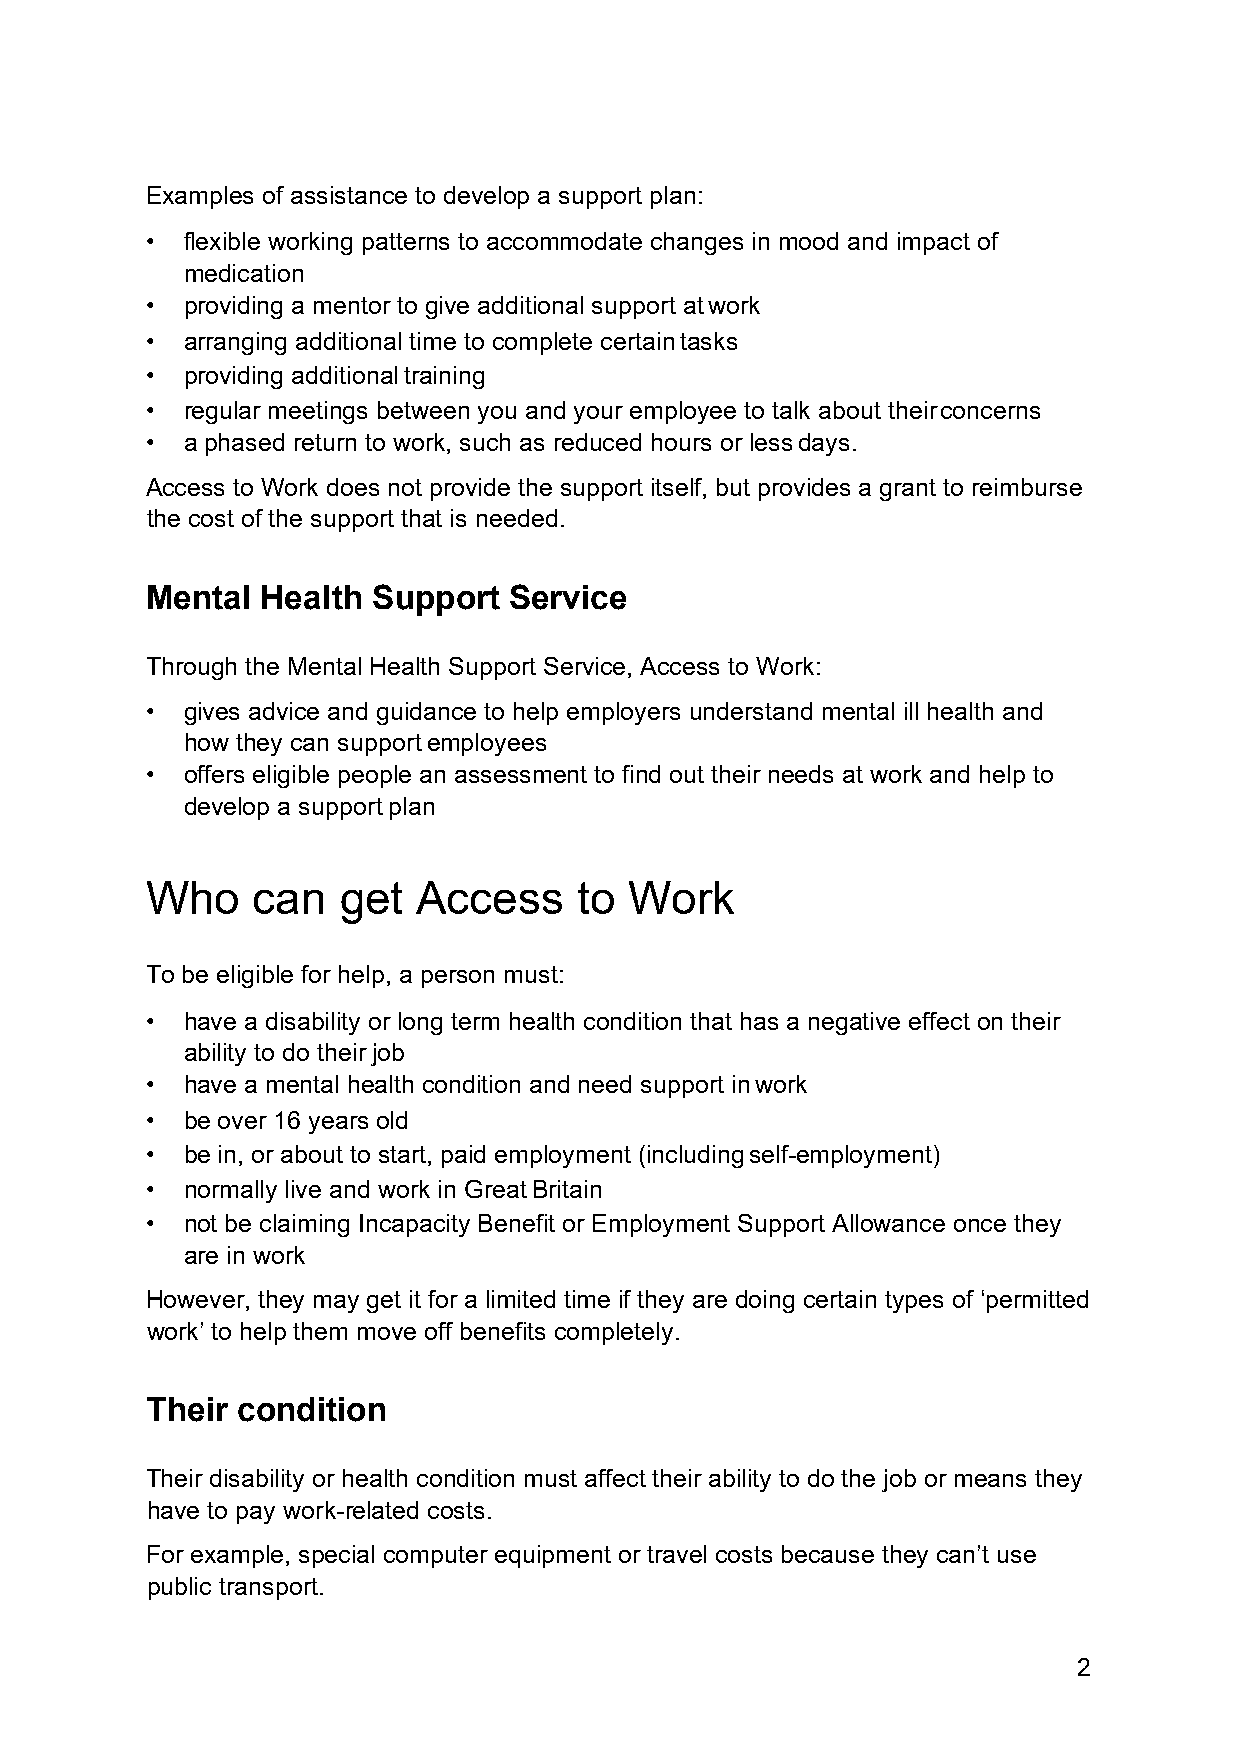
Examples of assistance to develop a support plan:
 • flexible working patterns to accommodate changes in mood and impact of
 medication
 • providing a mentor to give additional support at work
 • arranging additional time to complete certain tasks
 • providing additional training
 • regular meetings between you and your employee to talk about their concerns
 • a phased return to work, such as reduced hours or less days.
 Access to Work does not provide the support itself, but provides a grant to reimburse
 the cost of the support that is needed.
 Mental Health  Support  Service
 Through the Mental Health Support Service, Access to Work:
 • gives advice and guidance to help employers understand mental ill health and
 how they can support employees
 • offers eligible people an assessment to find out their needs at work and help to
 develop a support plan
 Who    can   get  Access    to  Work
 To be eligible for help, a person must:
 • have a disability or long term health condition that has a negative effect on their
 ability to do their job
 • have a mental health condition and need support in work
 • be over 16 years old
 • be in, or about to start, paid employment (including self-employment)
 • normally live and work in Great Britain
 • not be claiming Incapacity Benefit or Employment Support Allowance once they
 are in work
 However, they may get it for a limited time if they are doing certain types of ‘permitted
 work’ to help them move off benefits completely.
 Their condition
 Their disability or health condition must affect their ability to do the job or means they
 have to pay work-related costs.
 For example, special computer equipment or travel costs because they can’t use
 public transport.
 2